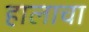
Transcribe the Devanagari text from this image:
हालाचा